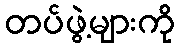
တပ်ဖွဲ့များကို